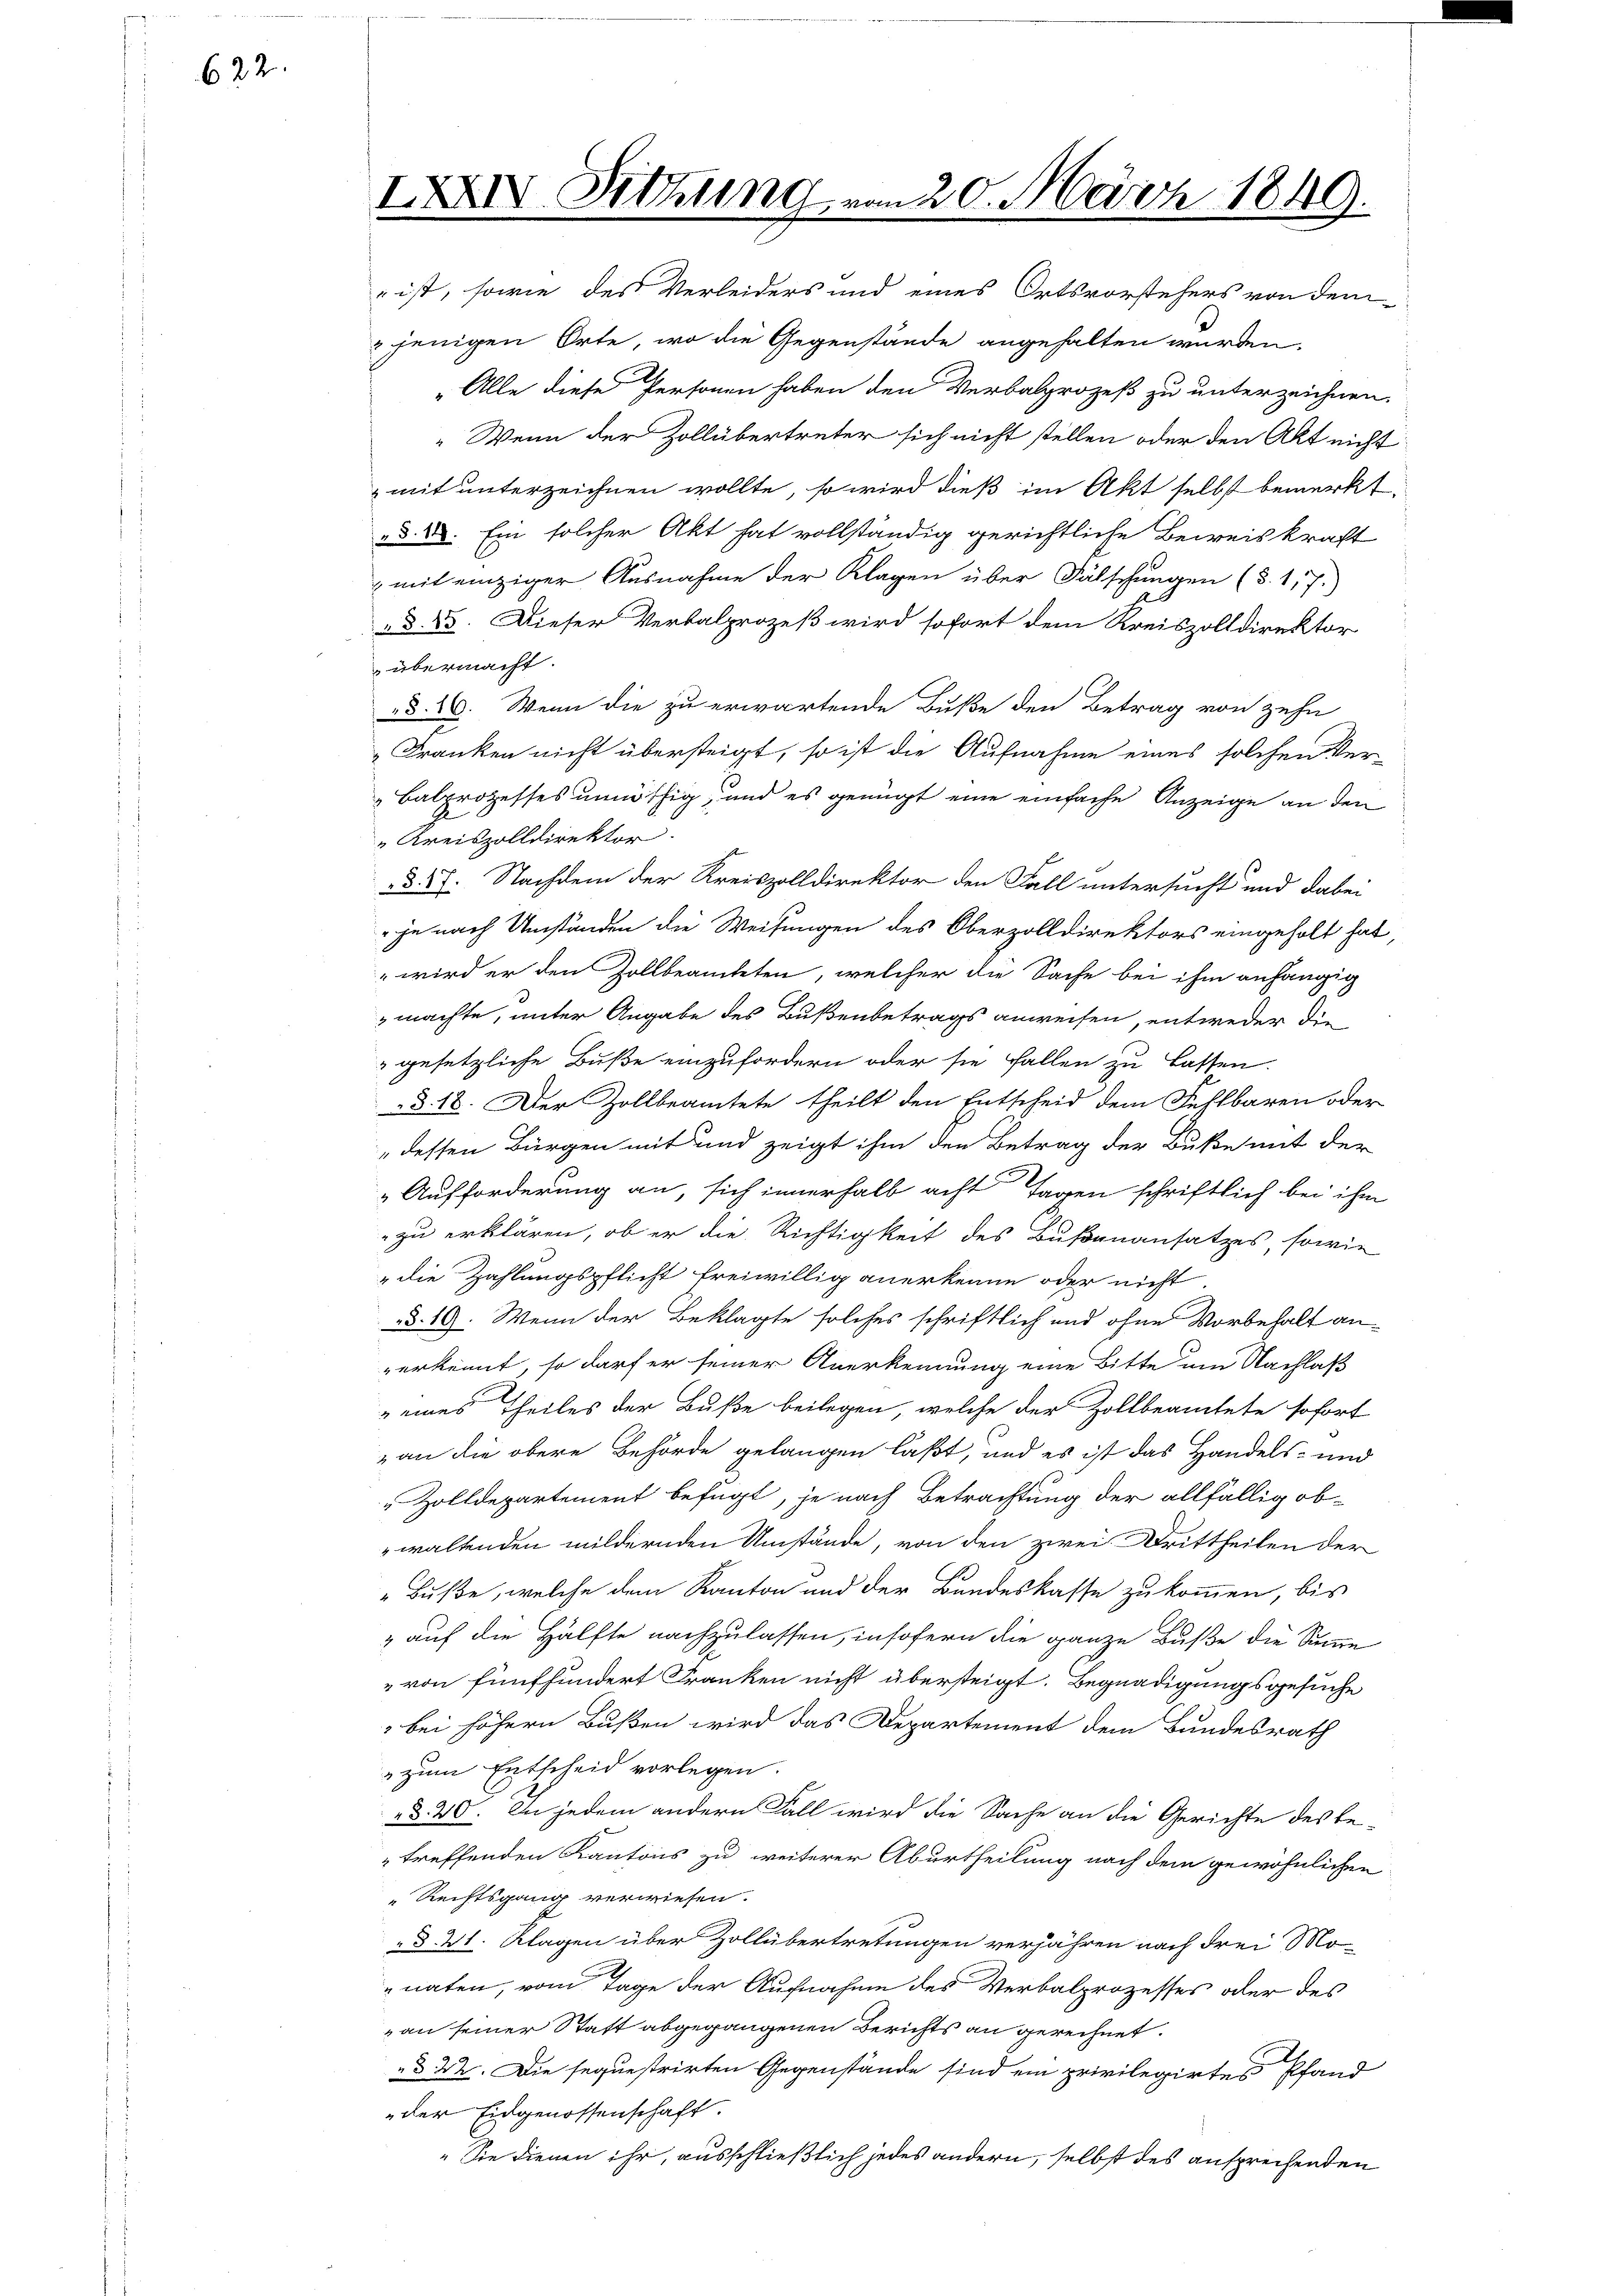
622.

ist, sowie des Verleiders und eines Ortsvorstehers von dem
jenigen Orte, wo die Gegenstände angehalten würden.

IXXIV. Setzung

20. März 1849.

„Alle diese Personen haben den Verbalprozeß zu unterzeichnen,
" Wenn der Zollübertreter sich nicht stellen oder den Akt nicht
mit unterzeichnen wollte, so wird dieß im Akt selbst bemerkt,
d. II. Ein solcher Akt hat vollständig gerichtliche Beweiskraft
mit einziger Ausnahme der Klagen über Fälschungen (§. 117.)
d. 23. Dieser Verbalprozeß wird sofort dem Kreiszolldirektor
 übermacht.
§. 26. Wenn die zu erwartende Buße den Betrag von zehn
Franken nicht übersteigt, so ist die Aufnahme eines solchen Ver-
Balprozesses unnöthig, und es genügt eine einfache Anzeige an den
"Kreiszolldirektor
§. 27. Nachdem der Kreiszolldirektor den Fall untersucht und dabei
 je nach Umständen die Weisungen des Oberzolldirektors eingeholt hat,
" wird er den Zollbeamteten, welcher die Sache bei ihm anhängig
machte, unter Angabe des Bußenbetrags anweisen, entweder die
gesetzliche Buße einzufordern oder sie fallen zu lassen.
§. 18. Der Zollbeamtete theilt den Entscheid dem Fehlbaren oder
dessen Bürgen mit und zeigt ihm den Betrag der Buße mit der
„Aufforderung an, sich innerhalb acht Tagen schriftlich bei ihm
zu erklären, ob er die Richtigkeit des Bußenansatzes, sowie
"die Zahlungspflicht freiwillig anerkenne oder nicht.
d. 19. Wenn der Beklagte solches schriftlich und ohne Vorbehalt an-
erkennt, so darf er seiner Anerkennung eine Bitte um Nachlaß
eines Theiles der Buße beilegen, welche der Zollbeamtete sofort
an die obere Behörde gelangen laßt, und es ist das Handels- und
 Zolldepartement befugt, je nach Betrachtung der allfällig ob-
waltenden mildernden Umstände, von den zwei Drittheilen der
„Buße, welche dem Kanton und der Bundeskasse zukommen, bis
2 auf die Hälfte nachzulassen, insofern die ganze Buße die Summe
" von fünfhundert Franken nicht übersteigt. Begnadigungsgesuche
 bei höhern Bußen wird das Departement dem Bundesrath
 zum Entscheid vorlegen.
§. 20. In jedem andern Fall wird die Sache an die Gerichte des betreffenden Kantons zu weiterer Aburtheilung nach dem gewöhnlichen
Rechtsgang verwiesen.
§. 21. Klagen über Zollübertretungen verjähren nach drei Mon
naten, vom Tage der Aufnahme des Verbalprozesses oder des
an seiner Statt abgegangenen Berichts an gerechnet.
§ 22. Die sequestrirten Gegenstände sind ein privilegirtes Pfand
der Eidgenossenschaft.
„Sie dienen ihr, ausschließlich jedes andern, selbst des ansprechenden